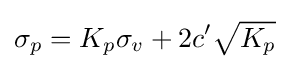
\sigma _{p}=K_{p}\sigma _{v}+2c'{\sqrt {K_{p}}}\